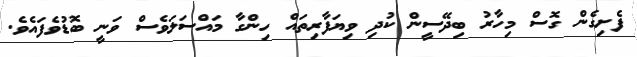
ފެށިގެން ގޮސް މިހާރު ބިދޭސީން ކުދި ވިޔަފާރިތައް ހިންގާ މައްސަލަވެސް ވަނީ ބޮޑުވެފައެވެ.